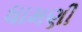
ધામણી